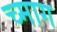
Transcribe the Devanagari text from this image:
च्माग